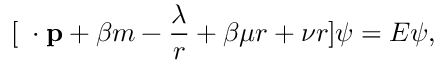
[ { \bf \alpha \cdot p } + \beta m - \frac { \lambda } { r } + \beta \mu r + \nu r ] \psi = E \psi ,